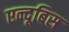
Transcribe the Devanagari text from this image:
एन्दूबिस